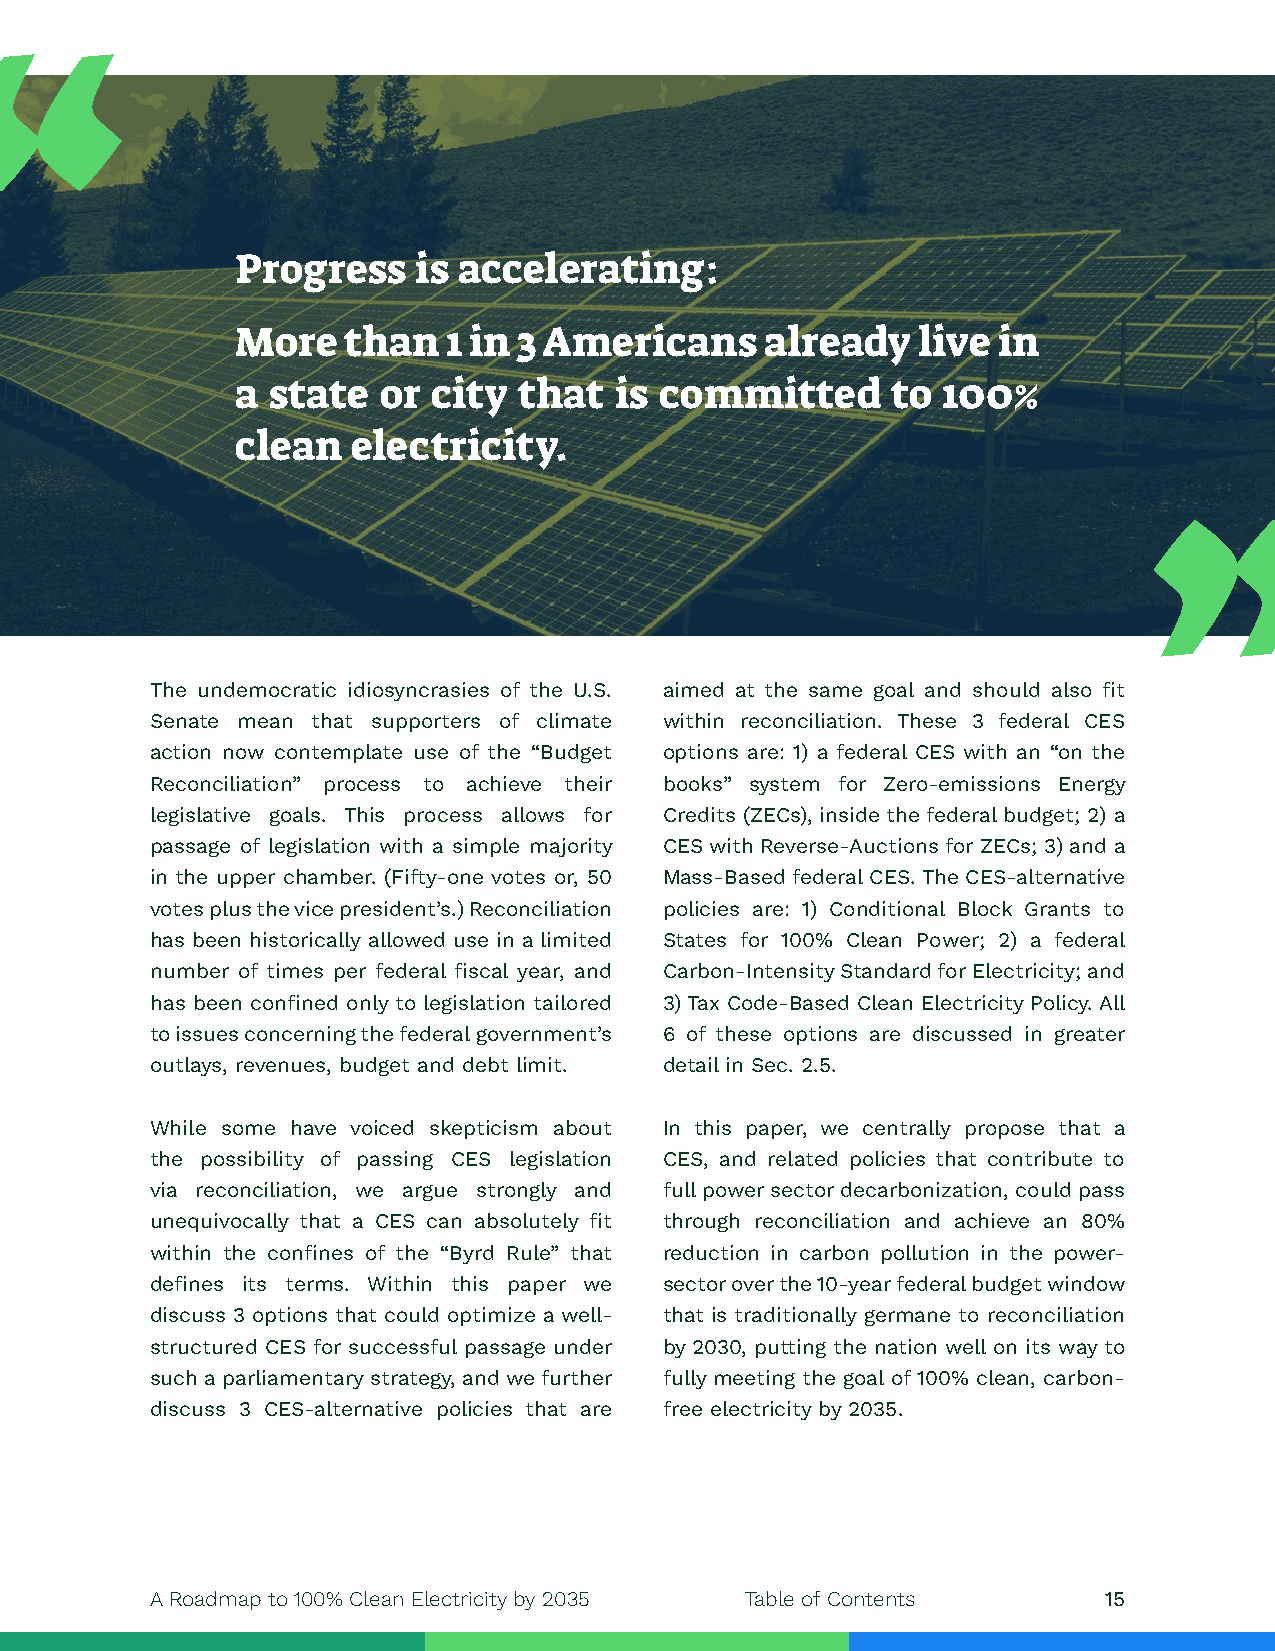
Progress    is accelerating:
 More   than   1 in 3 Americans     already   live in
 a state  or  city that   is committed      to 100%
 clean  electricity.
 The undemocratic idiosyncrasies of the U.S. aimed at the same goal and should also fit
 Senate mean that supporters of climate within reconciliation. These 3 federal CES
 action now contemplate use of the “Budget options are: 1) a federal CES with an “on the
 Reconciliation” process to achieve their books” system for Zero-emissions Energy
 legislative goals. This process allows for Credits (ZECs), inside the federal budget; 2) a
 passage of legislation with a simple majority CES with Reverse-Auctions for ZECs; 3) and a
 in the upper chamber. (Fifty-one votes or, 50 Mass-Based federal CES. The CES-alternative
 votes plus the vice president’s.) Reconciliation policies are: 1) Conditional Block Grants to
 has been historically allowed use in a limited States for 100% Clean Power; 2) a federal
 number of times per federal fiscal year, and Carbon-Intensity Standard for Electricity; and
 has been confined only to legislation tailored 3) Tax Code-Based Clean Electricity Policy. All
 to issues concerning the federal government’s 6 of these options are discussed in greater
 outlays, revenues, budget and debt limit. detail in Sec. 2.5.
 While some have voiced skepticism about In this paper, we centrally propose that a
 the possibility of passing CES legislation CES, and related policies that contribute to
 via reconciliation, we argue strongly and full power sector decarbonization, could pass
 unequivocally that a CES can absolutely fit through reconciliation and achieve an 80%
 within the confines of the “Byrd Rule” that reduction in carbon pollution in the power-
 defines its terms. Within this paper we sector over the 10-year federal budget window
 discuss 3 options that could optimize a well- that is traditionally germane to reconciliation
 structured CES for successful passage under by 2030, putting the nation well on its way to
 such a parliamentary strategy, and we further fully meeting the goal of 100% clean, carbon-
 discuss 3 CES-alternative policies that are free electricity by 2035.
 A Roadmap to 100% Clean Electricity by 2035 Table of Contents  15